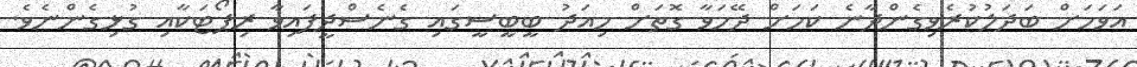
އަވަހަށް ބަދަލުކުރެވިގެންދާނެ ކަމަށް ދޭހަވާ ގޮތަށް މިއަދު ބީބީސީގައި ގެނެސްދީފައިވާ ރިޕޯޓަކާއި ގުޅިގެންނެވެ.